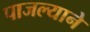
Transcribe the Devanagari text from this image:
पाजल्याने